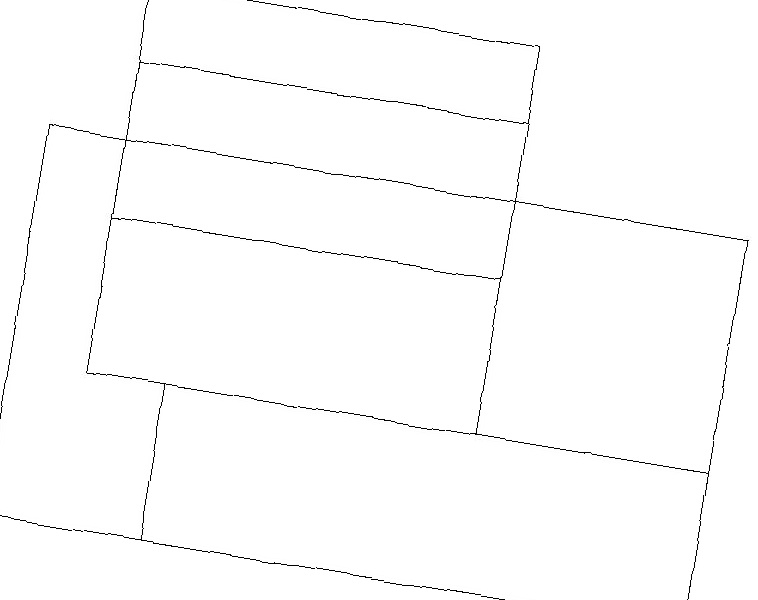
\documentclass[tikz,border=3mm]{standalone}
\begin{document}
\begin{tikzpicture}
\draw (9,17) rectangle (0,12);
\draw (1,14) rectangle (6,18);
\draw (2,14) rectangle (9,12);
\draw (6,16) rectangle (1,19);
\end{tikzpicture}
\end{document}